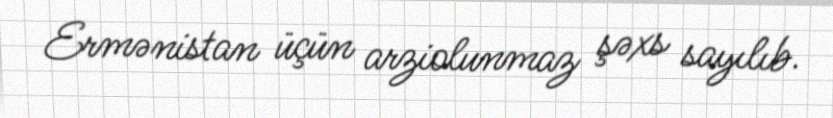
Ermənistan üçün arziolunmaz şəxs sayılıb.